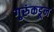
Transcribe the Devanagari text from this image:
गुरुंकडून